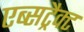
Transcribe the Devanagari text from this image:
एब्सट्रैक्ट